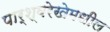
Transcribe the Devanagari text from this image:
पार्श्वरेखेमधील